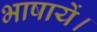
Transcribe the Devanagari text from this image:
भाषायें।